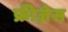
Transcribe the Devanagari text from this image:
फ्रीज़ेस